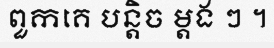
ពួកគេ បន្តិច ម្តង ៗ ។